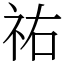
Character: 祐